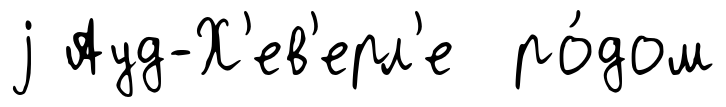
j Ауд-Х'ев'ерл'е ро́дом